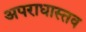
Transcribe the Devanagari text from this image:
अपराधास्तव